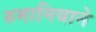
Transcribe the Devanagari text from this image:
रुमानियाने